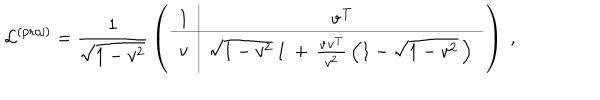
LaTeX: \mathcal { L } ^ { \mathrm { ( p r o j ) } } = \frac { 1 } { \sqrt { 1 - v ^ { 2 } } } \, \left( \begin{array} { c | c } { { 1 } } & { { \mathbf { v } ^ { T } } } \\ \hline { { \mathbf { v } } } & { { \sqrt { 1 - v ^ { 2 } } \, { \bf 1 } \, + \, \frac { \mathbf { v } \mathbf { v } ^ { T } } { v ^ { 2 } } \, \left( 1 - \sqrt { 1 - v ^ { 2 } } \, \right) \, } } \\ \end{array} \right) ~ ,